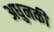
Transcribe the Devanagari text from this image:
अधुनकी